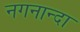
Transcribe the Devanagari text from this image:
नगनान्दा